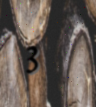
3